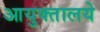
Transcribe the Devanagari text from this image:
आयुक्तालये